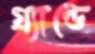
গ্র্যান্ডে